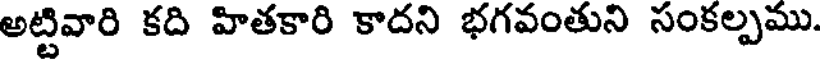
అట్టివారి కది హితకారి కాదని భగవంతుని సంకల్పము.